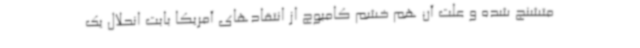
متشنج شده و علت آن هم خشم کامبوج از انتقادهای آمریکا بابت انحلال یک